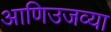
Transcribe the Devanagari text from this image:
आणिउजव्या